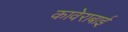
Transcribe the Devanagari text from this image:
कावेराबाई